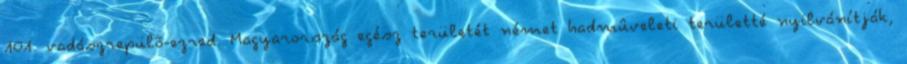
101. vadászrepülõ-ezred. Magyarország egész területét német hadmûveleti területté nyilvánítják,